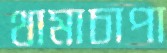
থামাচাপা